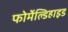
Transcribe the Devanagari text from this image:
फोर्मेल्डिहाइड